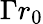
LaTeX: \Gamma r_{0}